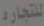
للتجارة